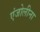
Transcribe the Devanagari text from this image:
एंजोलीना